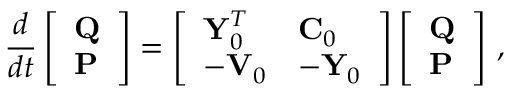
\frac { d } { d t } \left[ \begin{array} { l } { \mathbf { Q } } \\ { \mathbf { P } } \end{array} \right] = \left[ \begin{array} { l l } { { \bf Y } _ { 0 } ^ { T } } & { { \bf C } _ { 0 } } \\ { - \mathbf { V } _ { 0 } } & { - { \bf Y } _ { 0 } } \end{array} \right] \left[ \begin{array} { l } { \mathbf { Q } } \\ { \mathbf { P } } \end{array} \right] \, ,